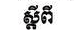
ស្ដីពី